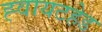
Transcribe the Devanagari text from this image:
ह्वायटहेड